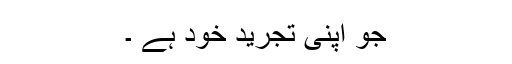
جو اپنی تجرید خود ہے ۔